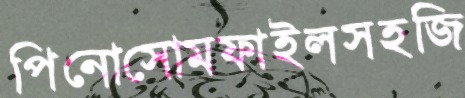
পিনোসোমফাইলসহজি